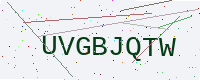
Text: UVGBJQTW